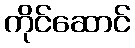
ကိုင်ဆောင်